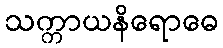
သက္ကာယနိရောဓေ